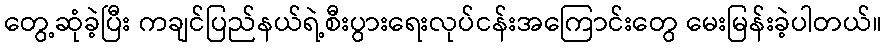
တွေ့ဆုံခဲ့ပြီး ကချင်ပြည်နယ်ရဲ့စီးပွားရေးလုပ်ငန်းအကြောင်းတွေ မေးမြန်းခဲ့ပါတယ်။